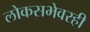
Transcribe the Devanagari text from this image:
लोकसभेवरही